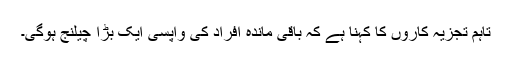
تاہم تجزیہ کاروں کا کہنا ہے کہ باقی ماندہ افراد کی واپسی ایک بڑا چیلنج ہوگی۔